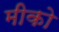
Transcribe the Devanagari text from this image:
मीको